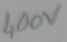
Text: 400V